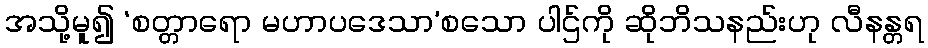
အသို့မူ၍ ‘စတ္တာရော မဟာပဒေသာ’စသော ပါဌ်ကို ဆိုဘိသနည်းဟု လီနန္တရ